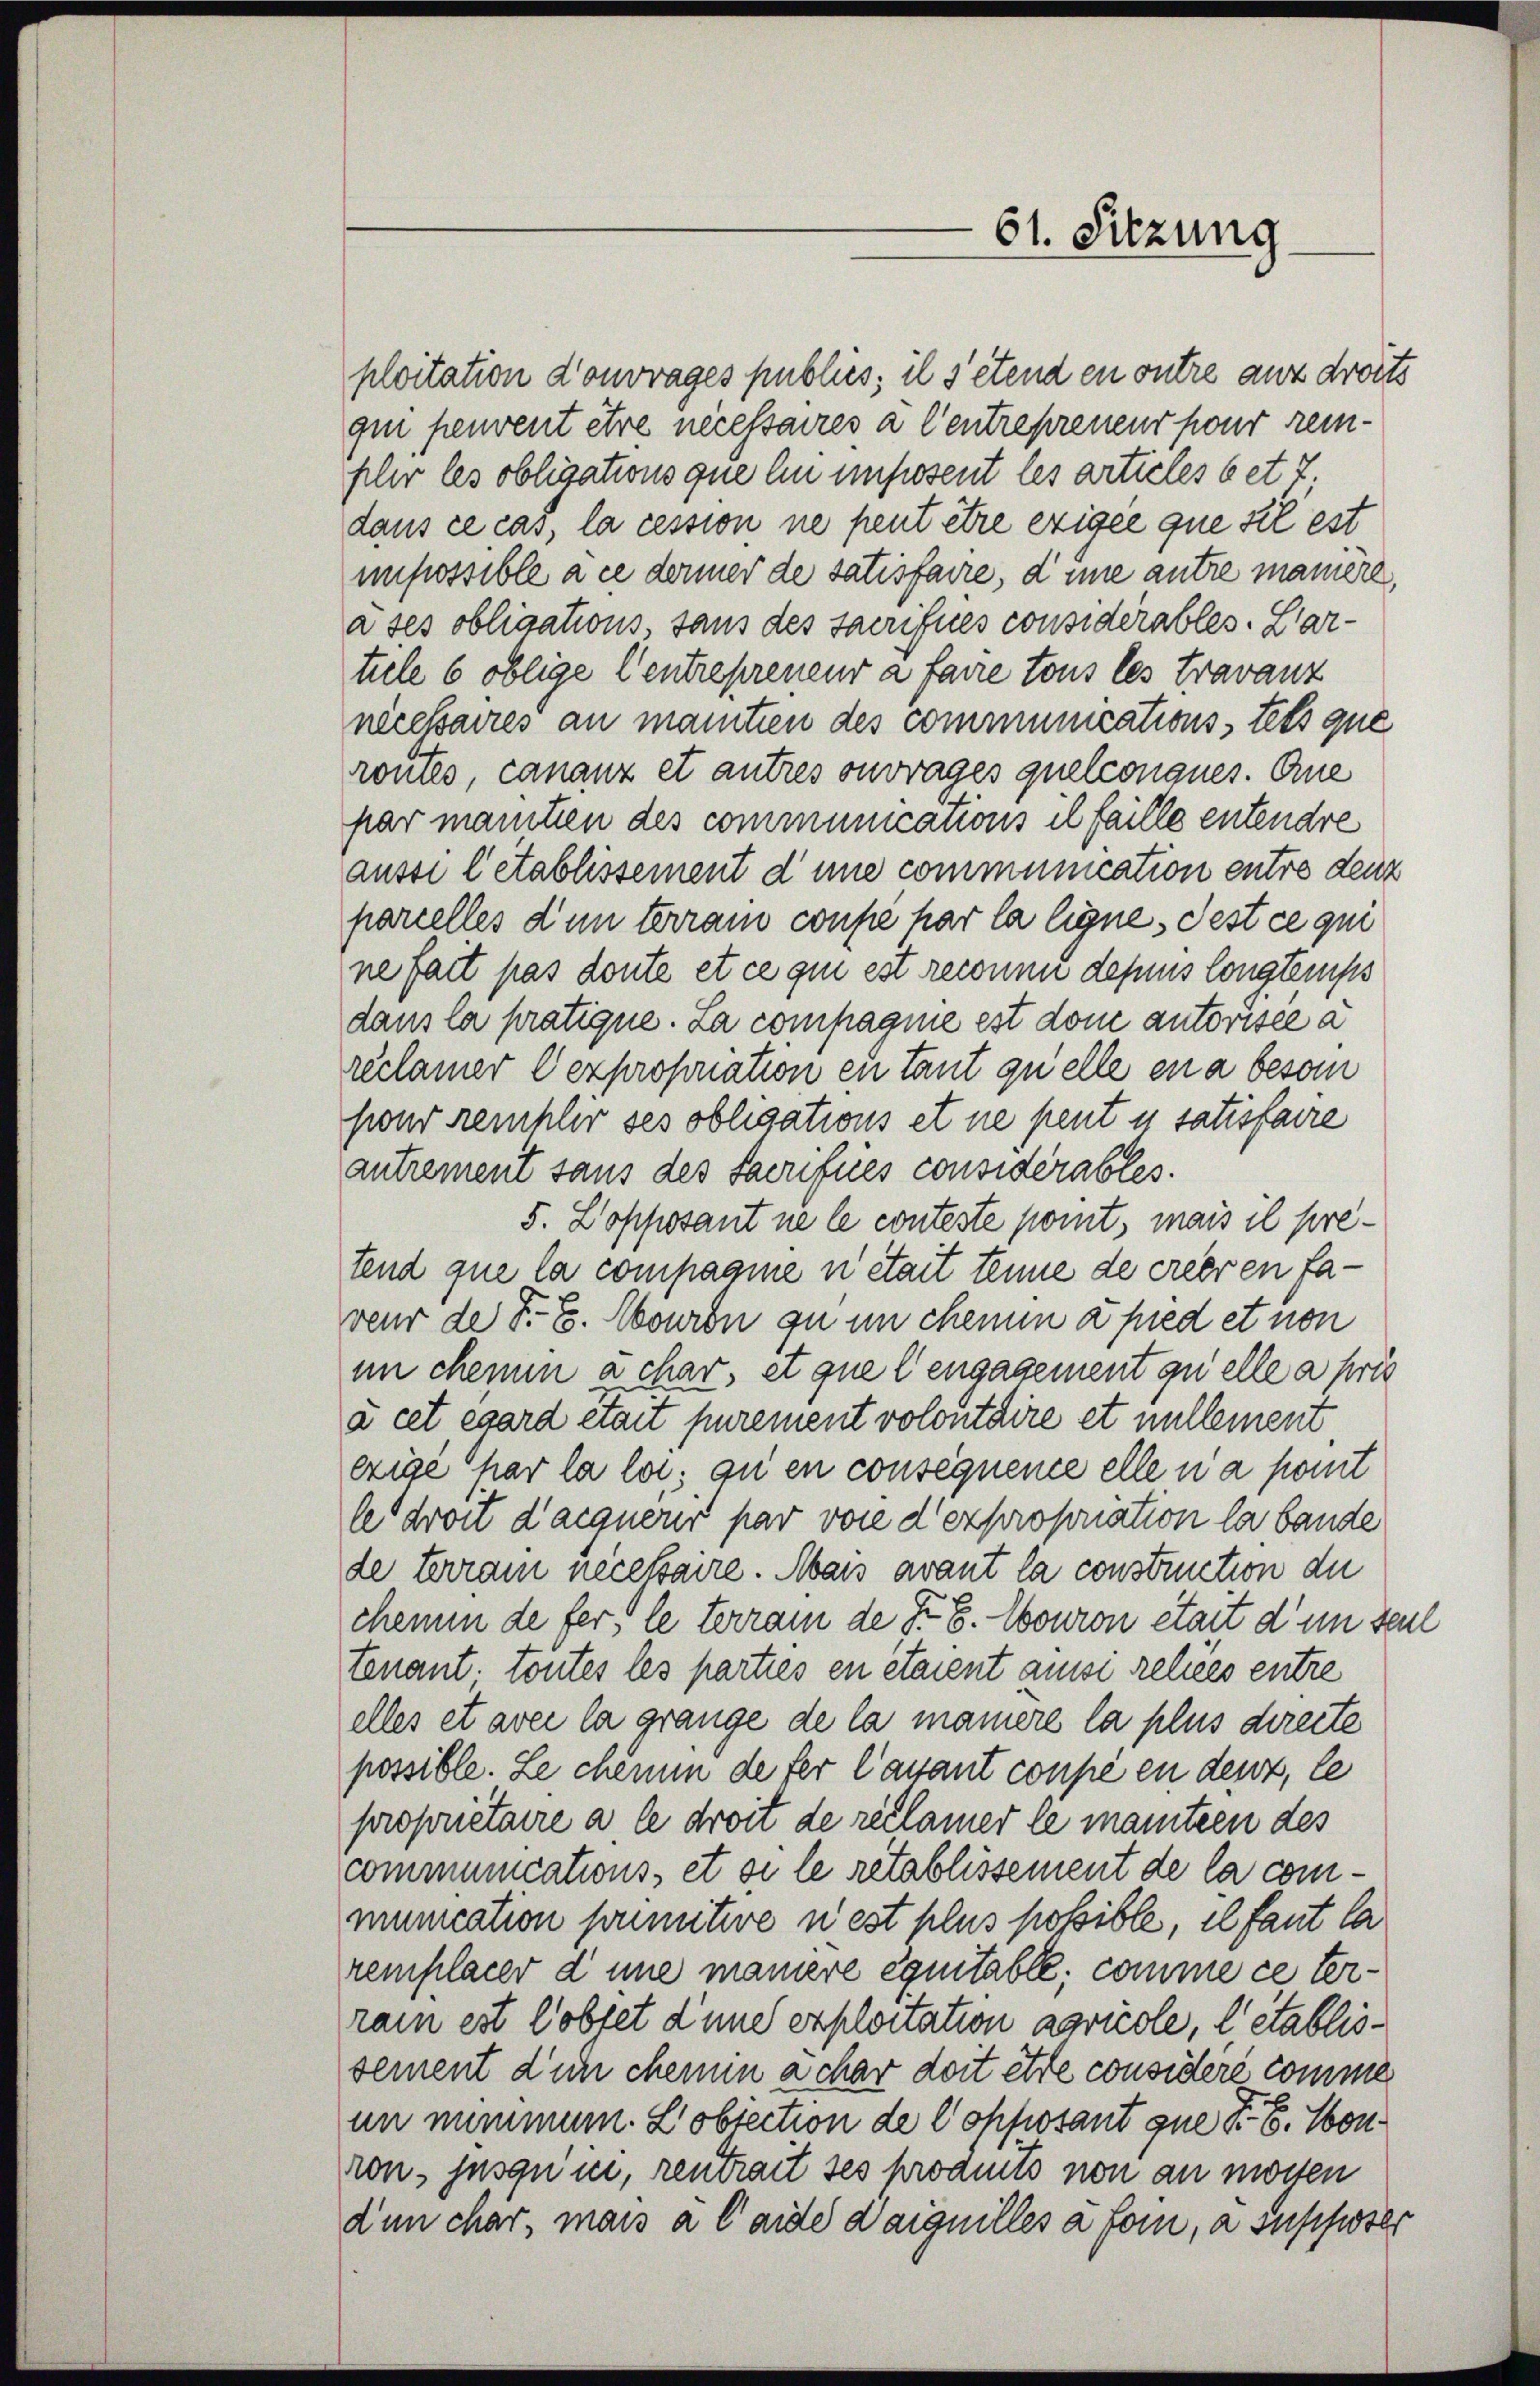
ploitation d’ouvrages publics; il s’étend en outre aus droits
qun peuvent être necessaires a Centrepreneur pour reiplir les obligations que lin imposent les articles bet 7;
dans ce cas, la cession ne peut être exigée que sie est
mpossible à ce denner de satisfaire, d une autre manière,
à ses obligations, sans des Sacrifiés considérables. Lartiele 6 oblige Centrepreneur à faire tous les travanz
necetaires an mantien des communicationsstets que
routes, cananz et autres ouvrages quelconques. Ane
par maniten des communications il faille entendre
ausse l’établissement d’une communication entre deuz
parielles d’un terrain coupe par la ligne, Pest ce qui
ne fait pas doute et ce qui est reconnu depuis longtemps
dans la pratique. La compagnie est don autorisée a
reclamer expropriation en tant quelle en a beson
pond reichler ses obligations et ne peut u. satisfaire
autrement sans des Sacrifnes considérables.
5. Lopposant ne le conteste komt, mais il pretend que la compagnie n était tenne de creeren faveur der F. C. Wouron zu un chemn a pied et non
in chemn a char, et que l’engagement quelle a pris
à cet égard était purement volontaire et nullement
exige par la loi, ou en consequence elle n’a pomit
le droit d’acquérir par von d’exproporation la bande
de terram necetaire. Mais avant la construction du
chemin de fer, le terrain de X S. Couron était dem Teil
tenant toutes les parties en étaient aussi reliées entre
elles et avec la grange de la maniere la plus direite
possible. Le chemin de fer Cavant coupé en dens, le
propriétaire a le droit de réclamer le manteen des
communications, et si le rétablissement de la communication sonnitive n’est plus possible, il faut la
remplacer d une maniere équitable; comme ce terrain est Cobfet d’une exploitation agricole, l’établissement d’un chemin ächer doit être considéré comme
un nimmen. Pobiection de Copposant que der B. Conron, jusquin, rentrait ses produits von an mögen
dum char, mais a laide daiguilles a foi, a supposer

61. Sitzung